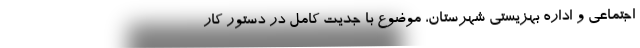
اجتماعی و اداره بهزیستی شهرستان، موضوع با جدیت کامل در دستور کار